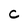
Character: C